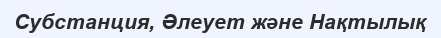
Субстанция, Әлеует және Нақтылық